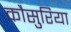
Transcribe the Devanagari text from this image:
कौसुरिया